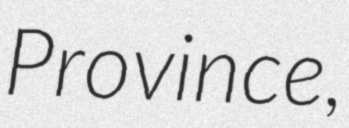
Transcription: Province,